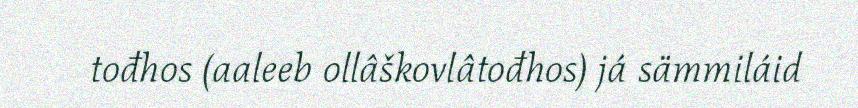
tođhos (aaleeb ollâškovlâtođhos) já sämmiláid